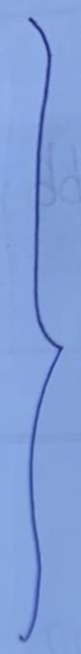
}